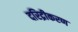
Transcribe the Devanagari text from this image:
दरिद्रीकरण